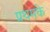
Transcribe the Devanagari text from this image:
प्रथमके